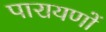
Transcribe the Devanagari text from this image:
पारायणों